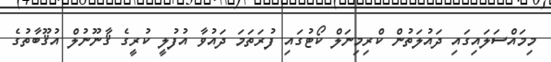
މިމައްސަލައިގައި ދައުލަތުން ކްރިމިނަލް ކޯޓުގައި ފުރަތަމަ ދައުވާ އުފުލީ ކުރީގެ ޤާނޫނުލް އުޤޫބާތުގެ